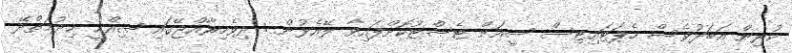
ކުރިން އަބަދުވެސް ހެޕަޓައިޓިސް ސީއަށް ޓެސްޓުކޮށްފައިވާ ލޭއެޅުން : ދިވެހިރާއްޖޭގައި ޞިއްޙީ ޚިދުމަތްދޭ